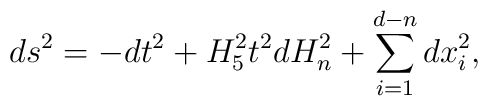
ds^2=-dt^2+H_5^2 t^2 dH_n^2  +\sum_{i=1}^{d-n} dx_i^2,